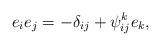
LaTeX: \begin{align*}e_{i}e_{j}=-\delta _{ij}+\psi _{ij}^{k}e_{k}, \end{align*}